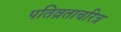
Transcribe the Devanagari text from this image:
पतिव्रताचरित्र